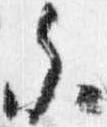
参